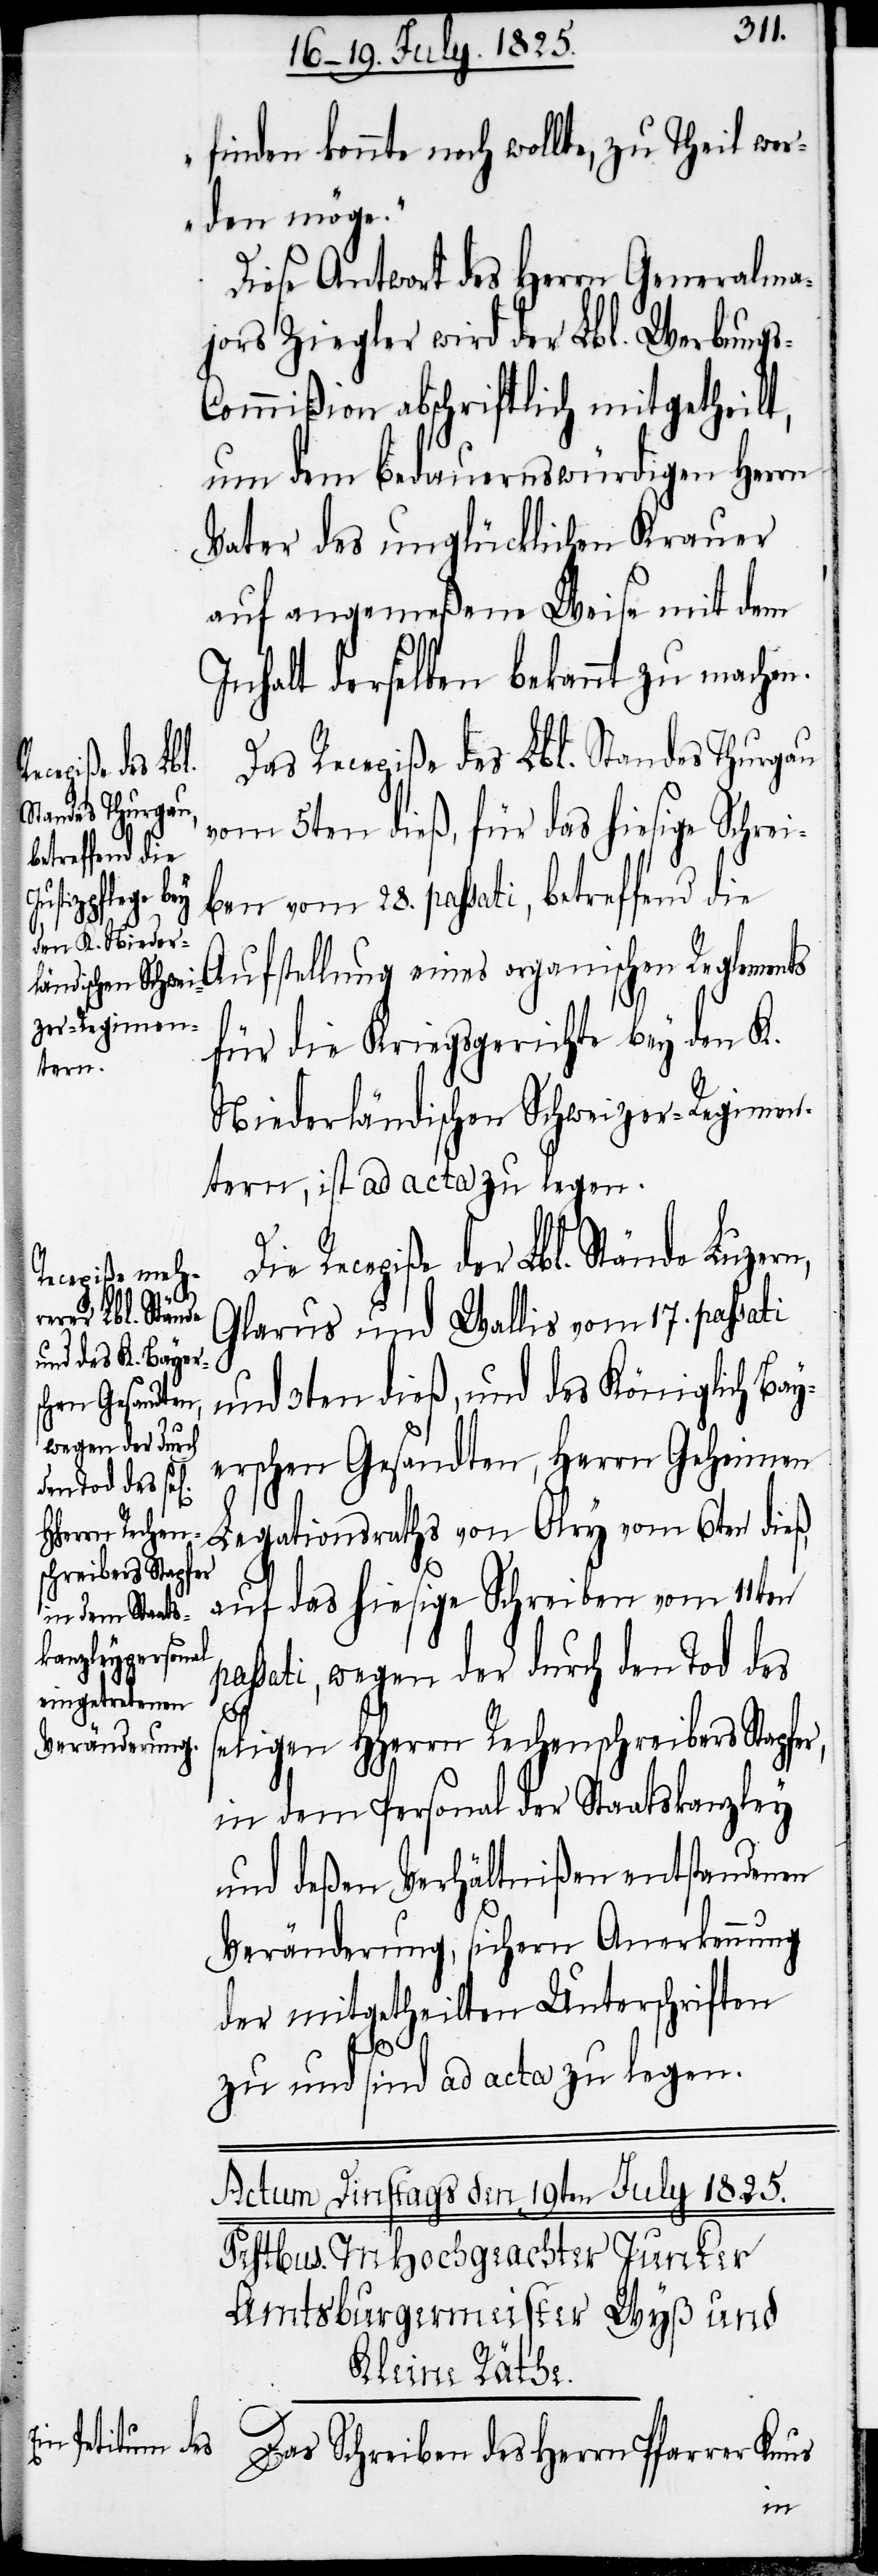
finden konnte noch wollte, zu Theil wer¬
den möge.“
Diese Antwort des Herrn Generalma¬
jor Ziegler wird der Lbl. Werbung¬
ommißion abschriftlich mitgetheilt,
um dem bedauernswürdigen Herrn
Vater des unglücklichen Krauer
auf angemeßene Weise mit dem
Inhalt derselben bekannt zu machen.
Das Recepiße des Lbl. Standes Thurgau
vom 5ten dieß, für das hiesige Schrei¬
ben vom 28. passati, betreffend die
Aufstellung eines organischen Reglements
für die Kriegsgerichte bey den K.
Niederländischen Schweizer-Regimen¬
tern, ist ad acta zu legen.
Recepiße der Lbl. Stände Luzern,
Glarus und Wallis vom 17. passati
und 3ten dieß, und des Königlich Bay¬
erschen Gesandten, Herrn Geheimen
Legationsraths von Oley vom 6ten dieß,
auf das hiesige Schreiben vom 11ten
assati, wegen der durch den Tod des
seligen HHerrn Rechenschreibers Stapfer,
in dem Personal der Staatskanzley
und deßen Verhältnißen entstandenen
s-C¬
Veränderung, sichern Anerkennung
der mitgetheilten Unterschriften
p¬
zu und sind ad acta zu legen.
Das Schreiben des Herrn Pfarrer Knus